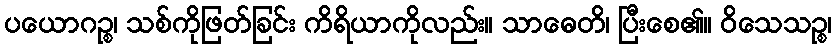
ပယောဂဉ္စ၊ သစ်ကိုဖြတ်ခြင်း ကိရိယာကိုလည်း။ သာဓေတိ၊ ပြီးစေ၏။ ဝိသေသဉ္စ၊